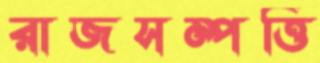
রাজসম্পত্তি